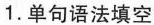
1.单句语法填空